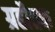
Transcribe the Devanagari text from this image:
ग्रहौतक